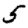
Digit: 5